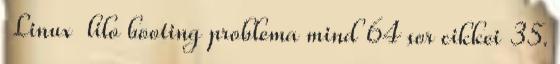
Linux lilo booting problema mind 64 sor cikkei 35.